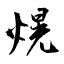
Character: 熀